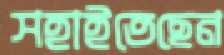
সহাইতেছেন